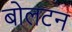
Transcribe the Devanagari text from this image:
बोलटन